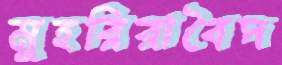
মুহরিরাবৈদ